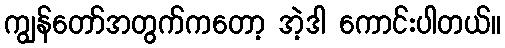
ကျွန်တော်အတွက်ကတော့ အဲ့ဒါ ကောင်းပါတယ်။